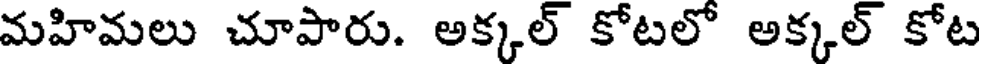
మహిమలు చూపారు. అక్కల్ కోటలో అక్కల్ కోట